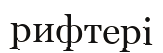
рифтері